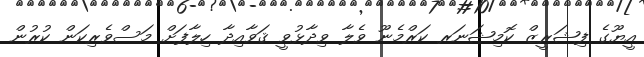
އީޔޫގެ ފިޝަރީޒް ކޮމިޝަނަރ ކަރްމެނޫ ވެލާ ވިދާޅުވީ ޤަވާއިދާ ހިލާފަށް މަސްވެރިކަން ކުރުން